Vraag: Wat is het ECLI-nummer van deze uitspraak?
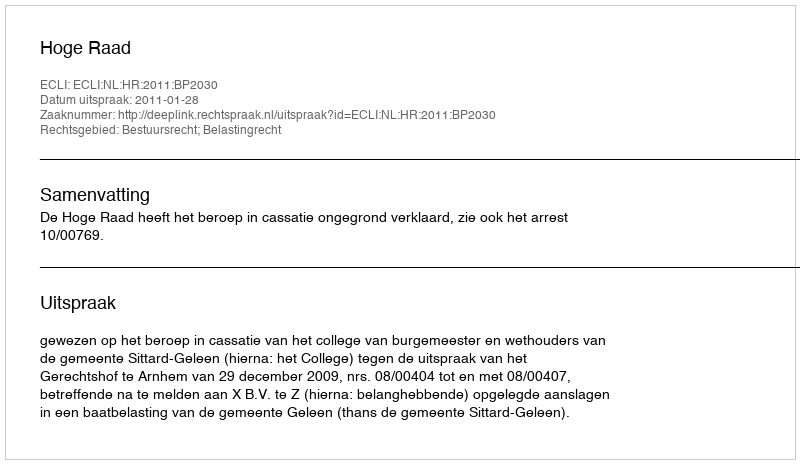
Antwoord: ECLI:NL:HR:2011:BP2030